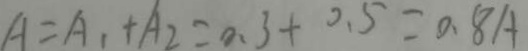
A = A _ { 1 } + A _ { 2 } = 0 . 3 + 0 . 5 = 0 . 8 A